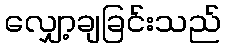
လျှော့ချခြင်းသည်